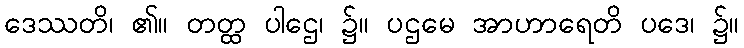
ဒေဿတိ၊ ၏။ တတ္ထ ပါဌေ၊ ၌။ ပဌမေ အာဟာရေတိ ပဒေ၊ ၌။